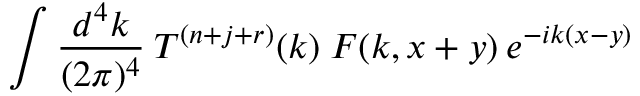
\int \frac { d ^ { 4 } k } { ( 2 \pi ) ^ { 4 } } \: T ^ { ( n + j + r ) } ( k ) \; F ( k , x + y ) \: e ^ { - i k ( x - y ) }